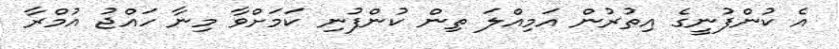
އެ ކުންފުނީގެ އިތުރުން އަމިއްލަ ތިން ކުންފުނި ކަމަށްވާ މިނާ ހައްޖު އުމްރާ